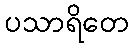
ပသာရိတေ